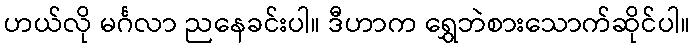
ဟယ်လို မင်္ဂလာ ညနေခင်းပါ။ ဒီဟာက ရွှေဘဲစားသောက်ဆိုင်ပါ။